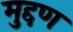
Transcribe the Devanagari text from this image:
मुद्दण